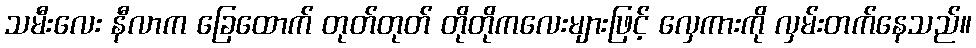
သမီးလေး နီလာက ခြေထောက် တုတ်တုတ် တိုတိုကလေးများဖြင့် လှေကားကို လှမ်းတက်နေသည်။